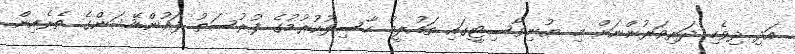
އަދި ދިވެހި ދަރިވަރުންނަށް މި ޔުނިވާސިޓީގައި ތައުލީމު ހާސިލުކުރުމުގެ ފުރުސަތު ފައުންޑޭޝަންގެ ތެރެއިން